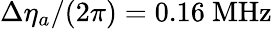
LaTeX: \Delta\eta_{a}/(2\pi)=0.16~\mathrm{MHz}